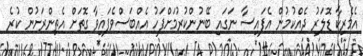
އެމެރިކާ ޑޮލަރު ދެއްކުމުން އެފައިސާ ނަގައި ބޭނުންކުރުމަށްފަހު އެއްބަސްވެފައިވާ ގޮތަށް އެތިންރަށުން ކުރެ